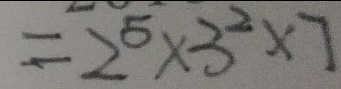
= 2 ^ { 5 } \times 3 ^ { 2 } \times 7